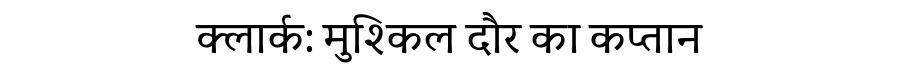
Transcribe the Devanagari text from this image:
क्लार्क: मुश्किल दौर का कप्तान